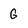
Character: G